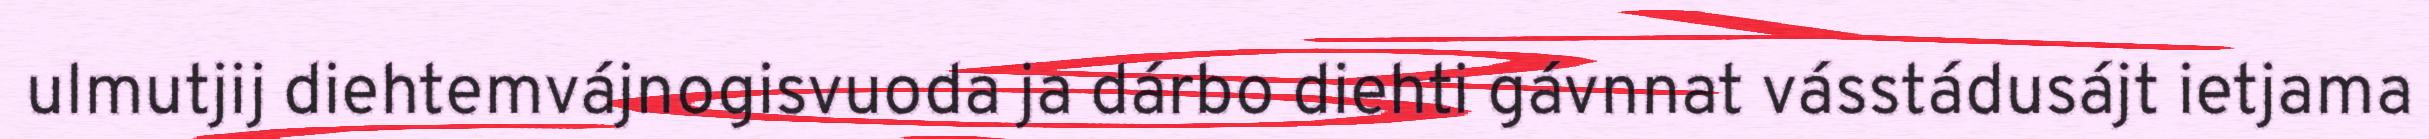
ulmutjij diehtemvájnogisvuoda ja dárbo diehti gávnnat vásstádusájt ietjama